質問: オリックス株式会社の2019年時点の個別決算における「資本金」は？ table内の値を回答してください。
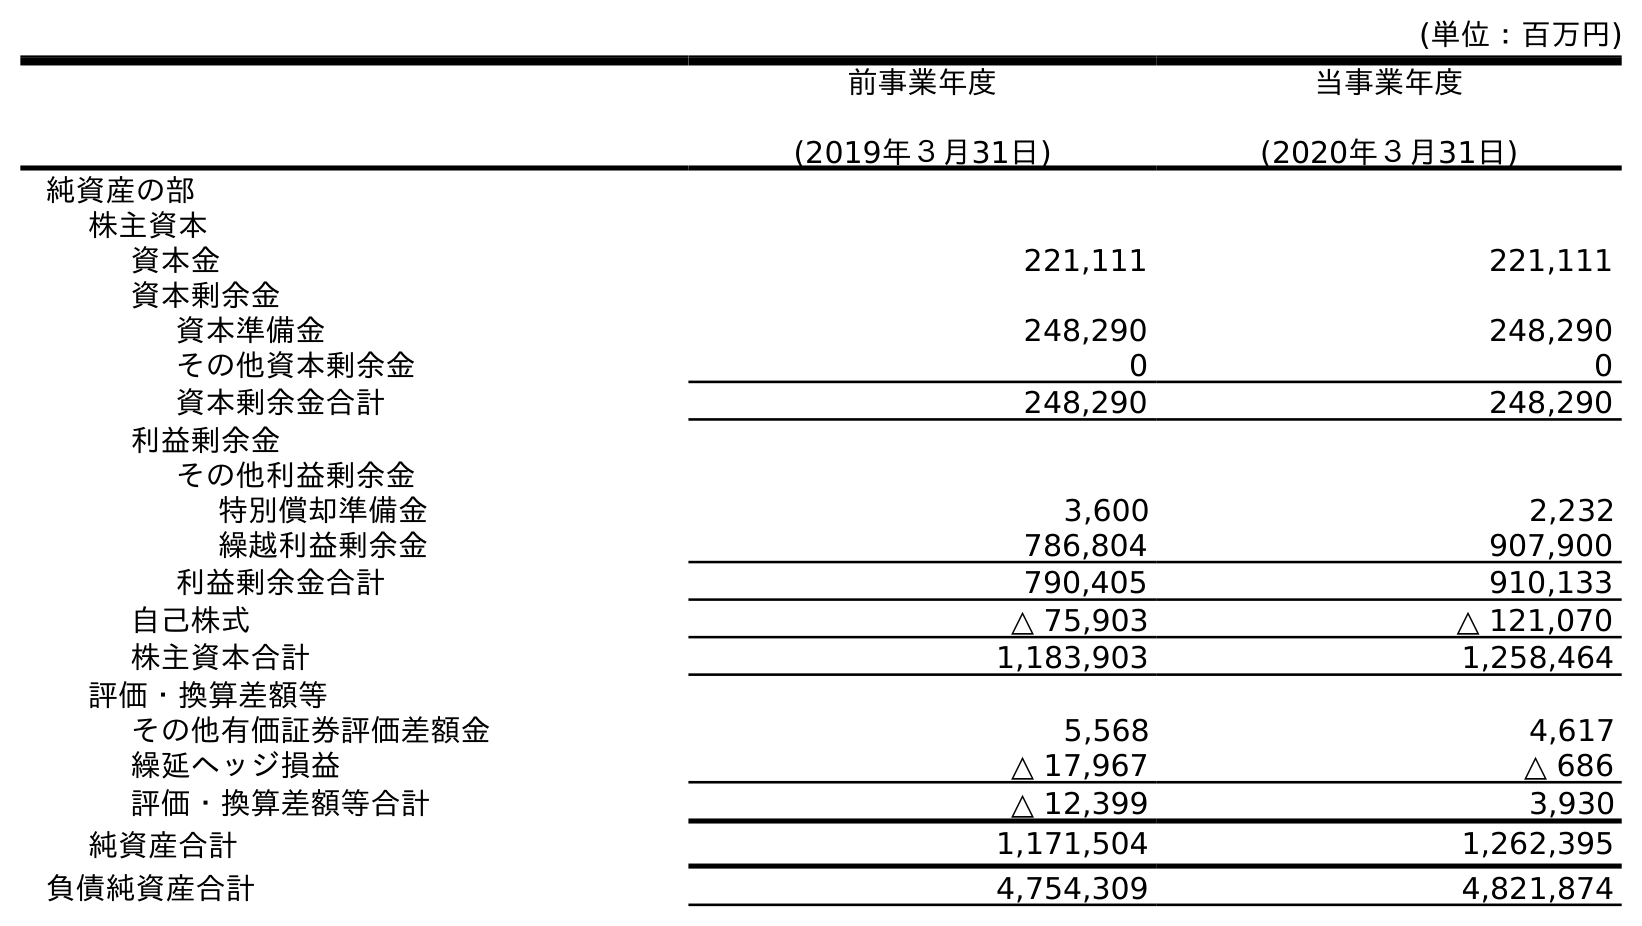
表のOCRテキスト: (単位：百万円) 前事業年度 (2019年３月31日) 当事業年度 (2020年３月31日) 純資産の部 株主資本 資本金 221,111 221,111 資本剰余金 資本準備金 248,290 248,290 その他資本剰余金 0 0 資本剰余金合計 248,290 248,290 利益剰余金 その他利益剰余金 特別償却準備金 3,600 2,232 繰越利益剰余金 786,804 907,900 利益剰余金合計 790,405 910,133 自己株式 △ 75,903 △ 121,070 株主資本合計 1,183,903 1,258,464 評価・換算差額等 その他有価証券評価差額金 5,568 4,617 繰延ヘッジ損益 △ 17,967 △ 686 評価・換算差額等合計 △ 12,399 3,930 純資産合計 1,171,504 1,262,395 負債純資産合計 4,754,309 4,821,874
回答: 221,111